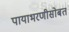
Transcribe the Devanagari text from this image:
पायाभरणीसोबत